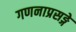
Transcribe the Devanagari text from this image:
गणनाप्रसङ्गे